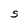
Character: S